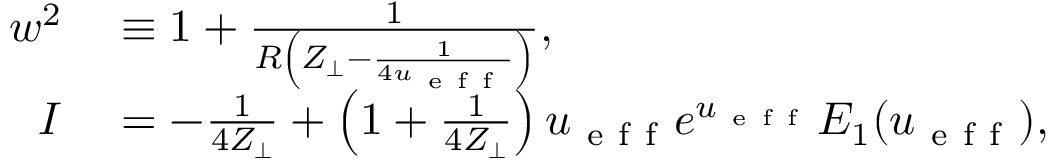
\begin{array} { r l } { w ^ { 2 } } & { { } \equiv 1 + \frac { 1 } { R \left( Z _ { \perp } - \frac { 1 } { 4 u _ { \mathrm { ~ e ~ f ~ f ~ } } } \right) } , } \\ { I } & { { } = - \frac { 1 } { 4 Z _ { \perp } } + \left( 1 + \frac { 1 } { 4 Z _ { \perp } } \right) u _ { \mathrm { ~ e ~ f ~ f ~ } } e ^ { u _ { \mathrm { ~ e ~ f ~ f ~ } } } E _ { 1 } ( u _ { \mathrm { ~ e ~ f ~ f ~ } } ) , } \end{array}